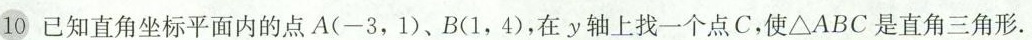
10已知直角坐标平面内的点A(-3，1)、B(1，4)，在y轴上找一个点C，使△ABC是直角三角形。